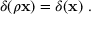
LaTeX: \delta ( \rho \mathbf { x } ) = \delta ( \mathbf { x } ) ~ .